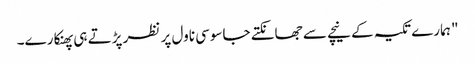
" ہمارے تکیہ کے نیچے سے جھانکتے جاسوسی ناول پر نظر پڑتے ہی پھنکارے۔